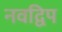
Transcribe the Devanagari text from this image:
नवद्विप